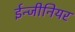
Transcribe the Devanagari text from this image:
ईन्जीनियर